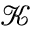
\mathcal { K }